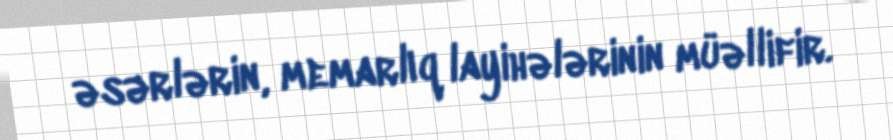
əsərlərin, memarlıq layihələrinin müəllifir.